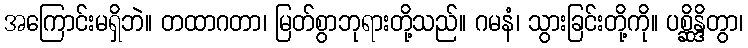
အကြောင်းမရှိဘဲ။ တထာဂတာ၊ မြတ်စွာဘုရားတို့သည်။ ဂမနံ၊ သွားခြင်းတို့ကို။ ပစ္ဆိန္ဒိတွာ၊